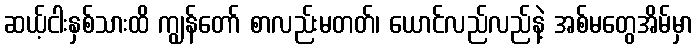
ဆယ့်ငါးနှစ်သားထိ ကျွန်တော် စာလည်းမတတ်၊ ယောင်လည်လည်နဲ့ အစ်မတွေအိမ်မှာ